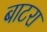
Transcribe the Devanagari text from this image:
बाटरा